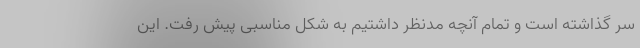
سر گذاشته است و تمام آنچه مدنظر داشتیم به شکل مناسبی پیش رفت. این